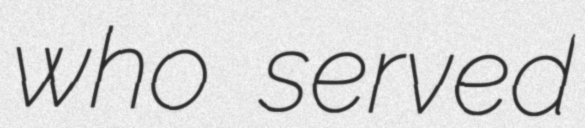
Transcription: who served